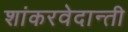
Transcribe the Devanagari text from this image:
शांकरवेदान्ती